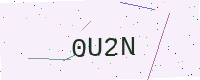
Text: 0U2N